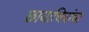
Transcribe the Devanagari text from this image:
छायाचित्रांचा